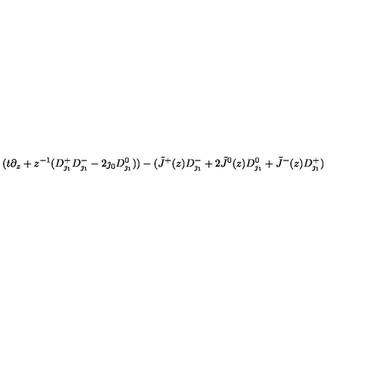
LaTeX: ( t \partial _ { z } + z ^ { - 1 } ( D _ { \jmath _ { 1 } } ^ { + } D _ { \jmath _ { 1 } } ^ { - } - 2 \jmath _ { 0 } D _ { \jmath _ { 1 } } ^ { 0 } ) ) - ( \tilde { J } ^ { + } ( z ) D _ { \jmath _ { 1 } } ^ { - } + 2 \tilde { J } ^ { 0 } ( z ) D _ { \jmath _ { 1 } } ^ { 0 } + \tilde { J } ^ { - } ( z ) D _ { \jmath _ { 1 } } ^ { + } )